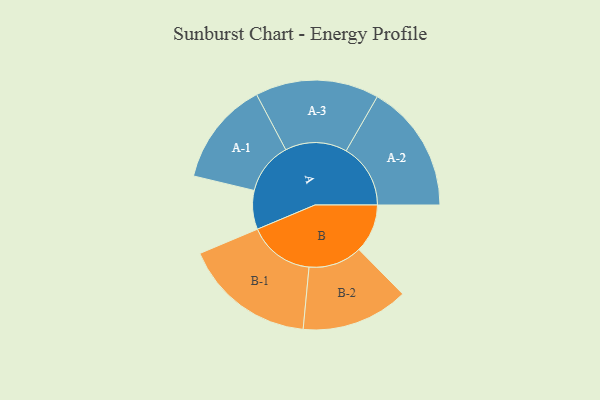
{"axis": {"x": "Segment", "y": "Value"}, "legend": ["", "A", "B"], "data": [{"x": "A", "y": 155, "type": ""}, {"x": "B", "y": 194, "type": ""}, {"x": "A-1", "y": 208, "type": "A"}, {"x": "A-2", "y": 257, "type": "A"}, {"x": "A-3", "y": 247, "type": "A"}, {"x": "B-1", "y": 264, "type": "B"}, {"x": "B-2", "y": 214, "type": "B"}]}